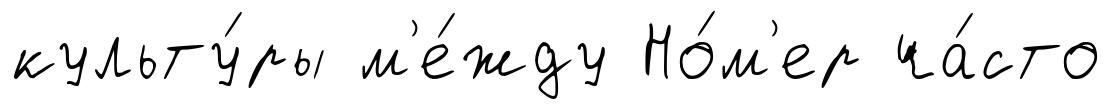
культу́ры м'е́жду Но́м'ер ча́сто